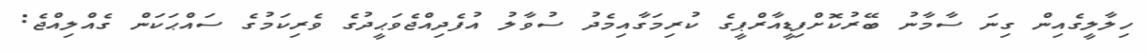
ހިލާލީގެއިން ގިނަ ސާމާނު ބޭރުކޮށްފިޑީއާރްޕީގެ ކުރިމަގާއިމެދު ސުވާލު އުފެދިއްޖެވަޙީދުގެ ވެރިކަމުގެ ސައްޙަކަން ގެއްލިއްޖެ: